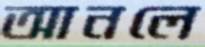
আনলে